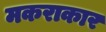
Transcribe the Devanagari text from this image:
मकराकार